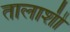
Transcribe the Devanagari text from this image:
तालाशी